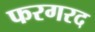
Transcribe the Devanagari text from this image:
फरगरद